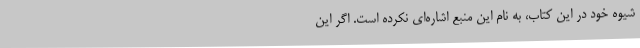
شیوه خود در این کتاب، به نام این منبع اشاره‌ای نکرده است. اگر این